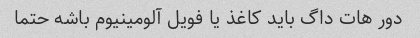
دور هات داگ باید کاغذ یا فویل آلومینیوم باشه حتما